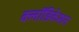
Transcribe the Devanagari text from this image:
क्लॉडिकेशन